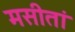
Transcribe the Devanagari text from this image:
मसीतां